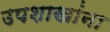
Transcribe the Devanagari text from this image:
उपशाखांना